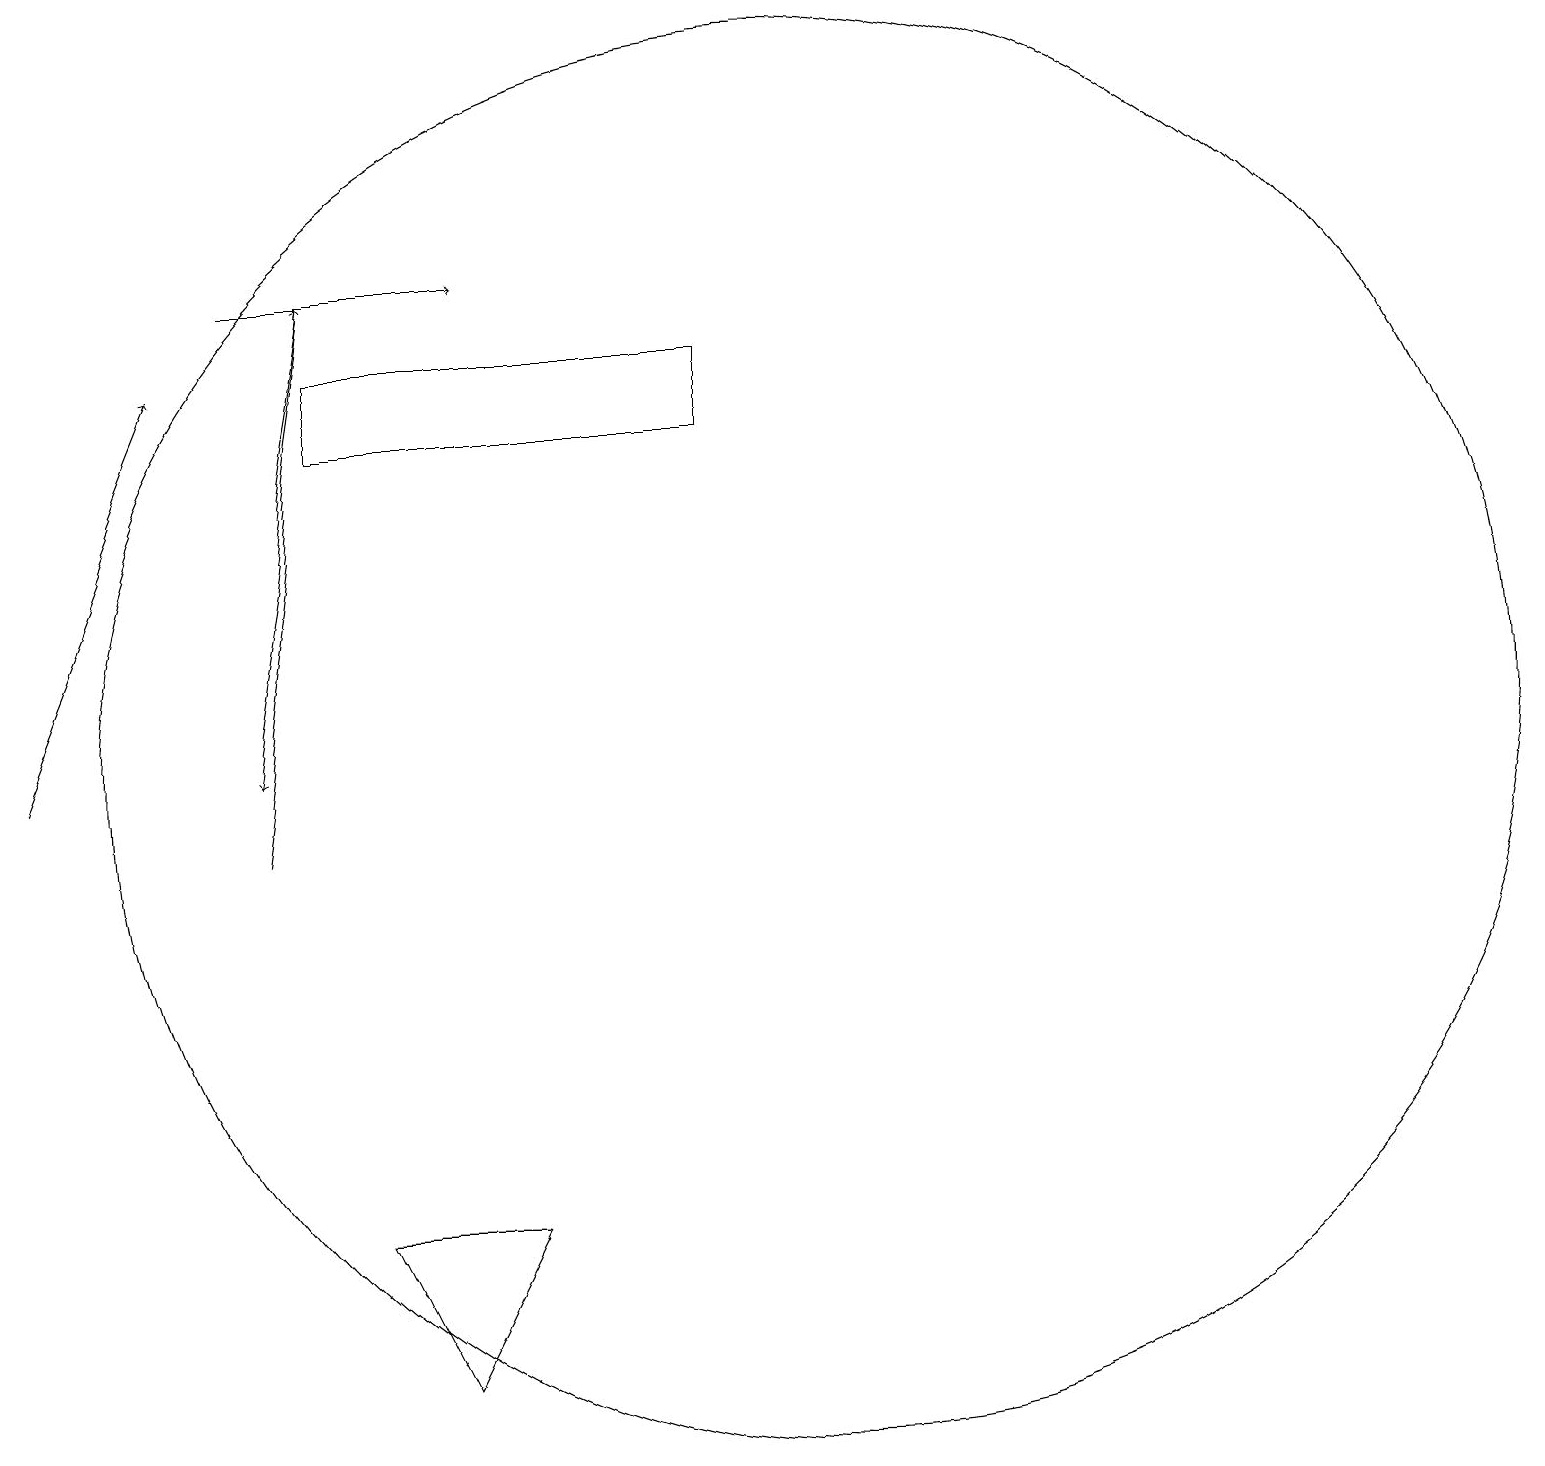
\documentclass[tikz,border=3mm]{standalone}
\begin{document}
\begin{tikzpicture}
\draw[->] (4,17) -- (3,11);
\draw (4,16) rectangle (9,15);
\draw[->] (3,17) -- (6,17);
\draw (10,11) circle (9);
\draw[->] (3,10) -- (4,17);
\draw (4,5) -- (6,5) -- (5,3) -- cycle;
\draw[->] (0,11) -- (2,16);
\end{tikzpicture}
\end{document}